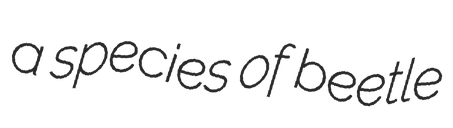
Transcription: a species of beetle